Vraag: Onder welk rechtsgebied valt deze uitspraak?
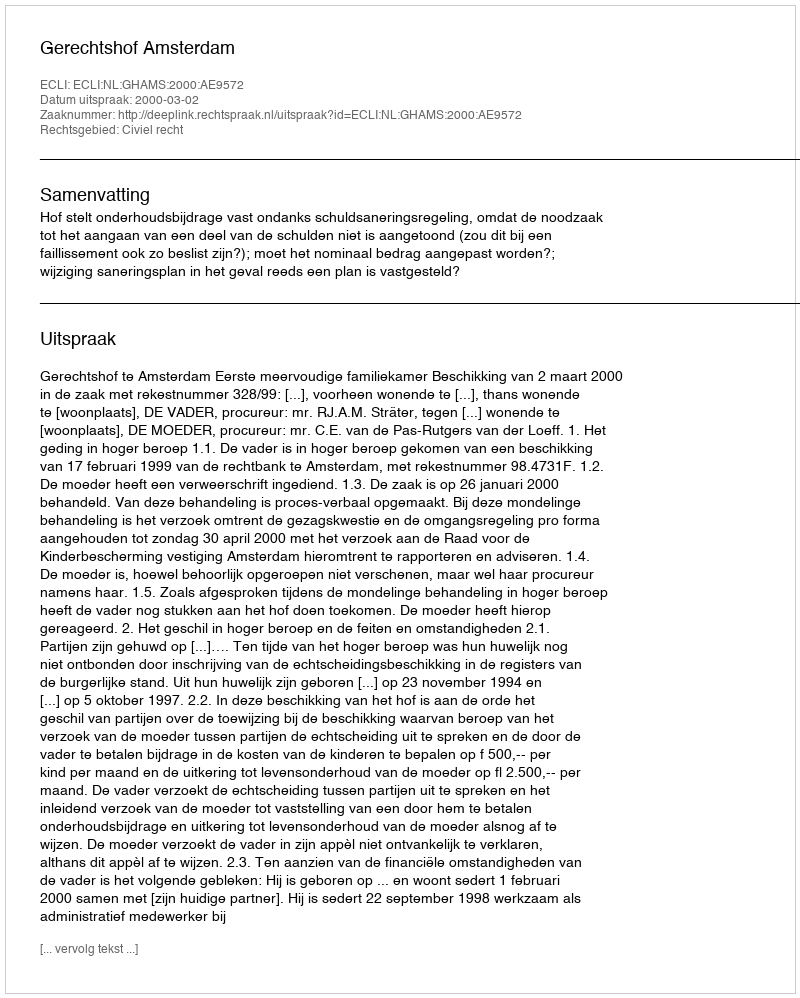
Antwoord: Civiel recht